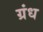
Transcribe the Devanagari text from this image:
ग्रंध